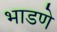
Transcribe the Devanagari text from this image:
भाडणे